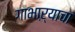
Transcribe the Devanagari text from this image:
गाभाऱ्याचा